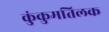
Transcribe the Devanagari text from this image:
कुंकुमतिलक